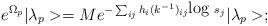
LaTeX: \begin{align*}e^{\Omega _p}|\lambda _p>= Me^{-\sum_{ij}h_i(k^{-1})_{ij}\mbox{log }s_j}|\lambda _p>;\end{align*}